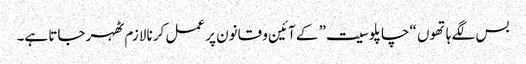
بس لگے ہاتھوں “چاپلوسیت” کے آئین و قانون پر عمل کرنا لازم ٹھہر جاتا ہے۔